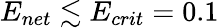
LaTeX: E_{net}\lesssim E_{crit}=0.1